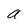
Character: a